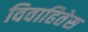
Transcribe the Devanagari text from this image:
विवाहितेस